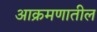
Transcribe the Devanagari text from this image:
आक्रमणातील